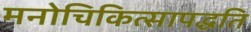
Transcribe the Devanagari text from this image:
मनोचिकित्सापद्धति